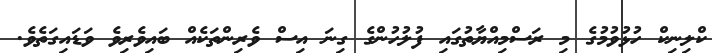
ކްލިނިކް ހުޅުވުމުގެ މި ރަސްމިއްޔާތުގައި ފުލުުހުންގެ ގިނަ އިސް ވެރިންތަކެއް ބައިވެރިވެ ވަޑައިގަތެވެ.